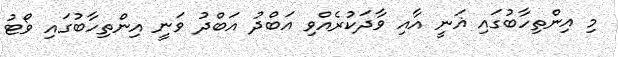
މި އިންތިހާބުގައި ޣަނީ އާއި ވާދަކުރެއްވި އަބްދު އަބްދު ވަނީ އިންތިހާބުގައި ވޯޓު